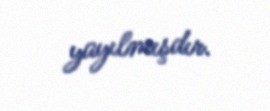
yayılmışdır.